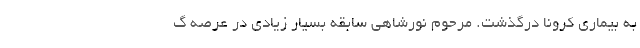
به بیماری کرونا درگذشت. مرحوم نورشاهی سابقه بسیار زیادی در عرصه گ